Annual administration report of the Civil Veterinary Department of India - 1895-1896
Year: 1895
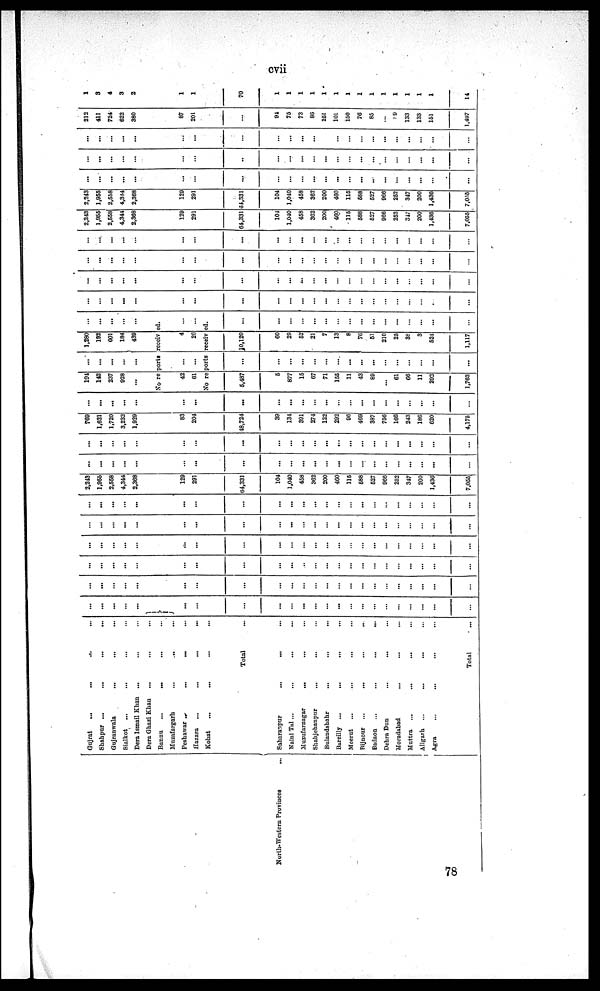
cvii
North-Western Provinces
...
Gujrat
...
...
... ...
Shabpur ...
...
...
...
Gujranwala
...
...
Sialkot ... ...
Dera Ismail Khan
... ... ...
Dera Ghazi Khan ... ... ...
Bannu
...
... ... ...
Muzafargarh
...
...
Peshawar ..
...
...
Hazara
...
...
...
...
Kohat ... ...
Total ...
Saharanpur ... ...
Naini Tal ... ... ...
Muzufarnagar
...
...
Shahjebanpur ... ...
Bulandshahr ... ...
Bareilly
... ... ...
Meerut ... ...
Bijnour
...
...
Badaon
...
...
...
...
Dehra Dun
...
...
Moradabad ... ...
Muttra ... ...
Aligarh
...
...
...
Agra ... ...
Total ...
...
...
...
...
...
...
...
...
...
...
...
...
...
...
...
...
...
...
...
...
...
...
...
...
...
...
...
...
...
...
...
...
...
...
...
...
...
...
...
...
...
...
...
...
...
...
...
...
...
...
...
...
...
...
...
...
...
...
...
...
...
...
...
...
...
...
...
...
...
...
...
...
...
...
...
...
...
...
...
...
...
...
...
...
...
...
...
...
...
...
...
...
...
...
...
...
...
...
...
...
...
...
...
...
...
...
...
...
...
...
...
...
...
...
...
...
...
...
...
...
...
...
...
...
...
...
...
...
...
...
...
...
...
...
...
...
...
...
2,243
1,956
2,558
4,344
2,368
129
291
64,331
104
1,040
458
362
200
460
115
5B8
527
966
252
347
200
1,430
7,055
...
...
...
...
...
...
...
...
...
...
...
...
...
...
...
...
...
...
...
...
...
...
...
...
...
...
...
...
...
...
...
...
...
...
...
...
...
...
...
...
...
...
...
...
...
...
769
1,621
1,720
3,232
1,929
No reports received
83
204
18,724
39
134
391
274
122
292
96
469
387
756
166
243
186
620
4,176
...
...
...
...
...
...
...
...
...
...
...
...
...
...
...
...
...
...
...
...
...
...
...
191
142
237
928
...
42
61
...
...
...
...
...
...
...
1,280
192
601
184
439
4
26
...
...
...
...
...
...
...
No reports received.
5,487
5
877
15
67
71
155
11
43
89
...
61
66
11
292
1,763
...
...
...
...
...
...
...
...
...
...
...
...
...
...
...
...
10,120
60
29
52
21
7
13
8
70
51
210
25
38
3
524
1,117
...
...
...
...
...
...
...
...
...
...
...
...
...
...
...
...
...
...
...
...
...
...
...
...
...
...
...
...
...
...
...
...
...
...
...
...
...
...
...
...
...
...
...
...
...
...
...
...
...
...
...
...
...
...
...
...
...
...
...
...
...
...
...
...
...
...
...
...
...
...
...
...
...
...
...
...
...
...
...
...
...
...
...
...
...
...
...
...
...
...
...
...
...
...
...
...
...
...
...
...
...
...
...
...
...
...
...
...
2,243
1,955
2,558
4,341
2,368
129
291
64,331
104
1,040
458
362
200
460
115
588
527
966
252
347
200
1,436
7.055
2,243
1,955
2,558
4,344
2,368
129
291
64,331
104
1,010
458
362
200
460
115
588
527
966
252
347
200
1,436
7,035
...
...
...
...
...
...
...
...
...
...
...
...
...
...
...
...
...
...
...
...
...
...
...
...
...
...
...
...
...
...
...
...
...
...
...
...
...
...
...
...
...
...
...
...
...
...
...
...
...
...
...
...
...
...
...
...
...
...
...
...
...
...
...
...
...
...
...
...
212
411
724
622
380
87
201
...
94
75
73
86
251
101
150
76
85
...
99
133
133
151
1,497
1
3
4
3
2
1
1
70
1
1
1
1
1
1
1
1
1
1
1
1
1
1
14
78